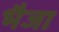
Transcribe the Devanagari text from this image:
भैजा